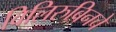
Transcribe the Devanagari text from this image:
विलिरुबिनचे